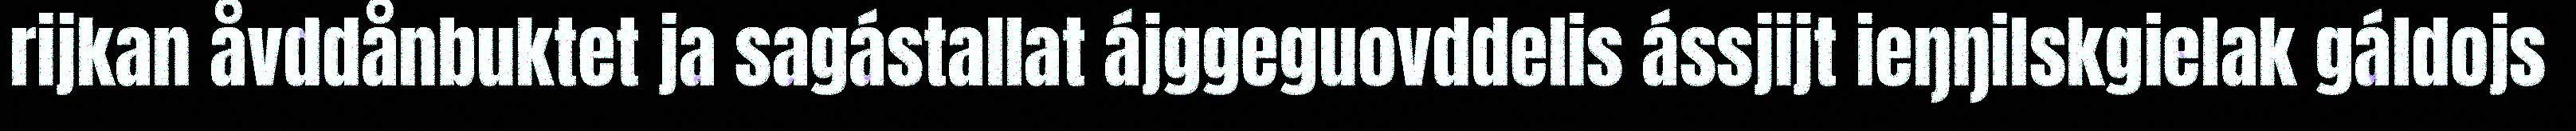
rijkan åvddånbuktet ja sagástallat ájggeguovddelis ássjijt ieŋŋilskgielak gáldojs